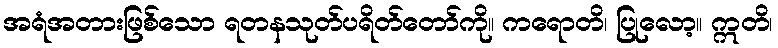
အရံအတားဖြစ်သော ရတနသုတ်ပရိတ်တော်ကို။ ကရောတိ၊ ပြုလော့။ ဣတိ၊